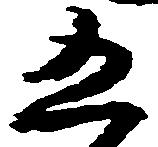
五